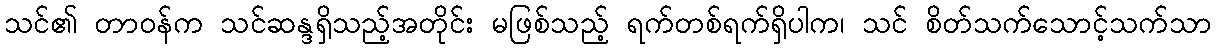
သင်၏ တာဝန်က သင်ဆန္ဒရှိသည့်အတိုင်း မဖြစ်သည့် ရက်တစ်ရက်ရှိပါက၊ သင် စိတ်သက်သောင့်သက်သာ